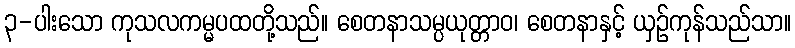
၃-ပါးသော ကုသလကမ္မပထတို့သည်။ စေတနာသမ္ပယုတ္တာဝ၊ စေတနာနှင့် ယှဉ်ကုန်သည်သာ။